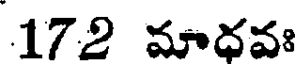
172 మాధవః